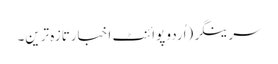
سرینگر(اُردو پوائنٹ اخبارتازہ ترین۔